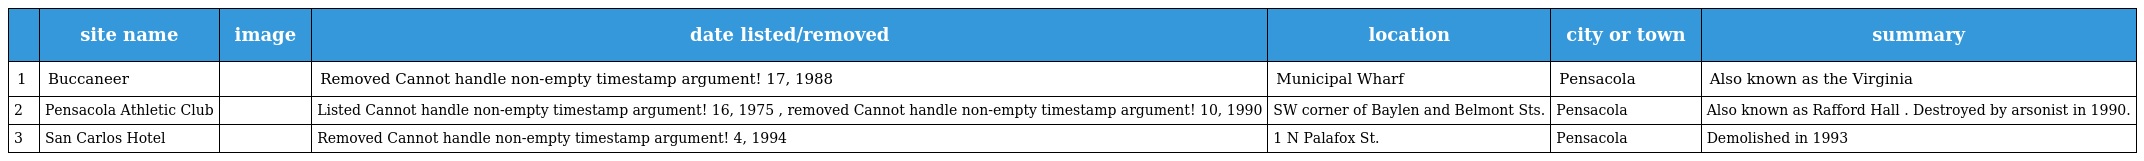
|  | site name | image | date listed/removed | location | city or town | summary |
 | --- | --- | --- | --- | --- | --- | --- |
 | 1 | Buccaneer |  | Removed Cannot handle non-empty timestamp argument! 17, 1988 | Municipal Wharf | Pensacola | Also known as the Virginia |
 | 2 | Pensacola Athletic Club |  | Listed Cannot handle non-empty timestamp argument! 16, 1975 , removed Cannot handle non-empty timestamp argument! 10, 1990 | SW corner of Baylen and Belmont Sts. | Pensacola | Also known as Rafford Hall . Destroyed by arsonist in 1990. |
 | 3 | San Carlos Hotel |  | Removed Cannot handle non-empty timestamp argument! 4, 1994 | 1 N Palafox St. | Pensacola | Demolished in 1993 |